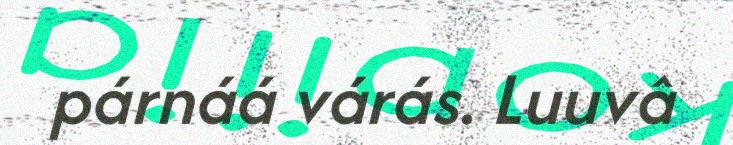
párnáá várás. Luuvâ